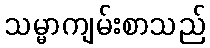
သမ္မာကျမ်းစာသည်